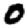
Digit: 0